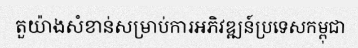
តួយ៉ាងសំខាន់សម្រាប់ការអភិវឌ្ឍន៍ប្រទេសកម្ពុជា